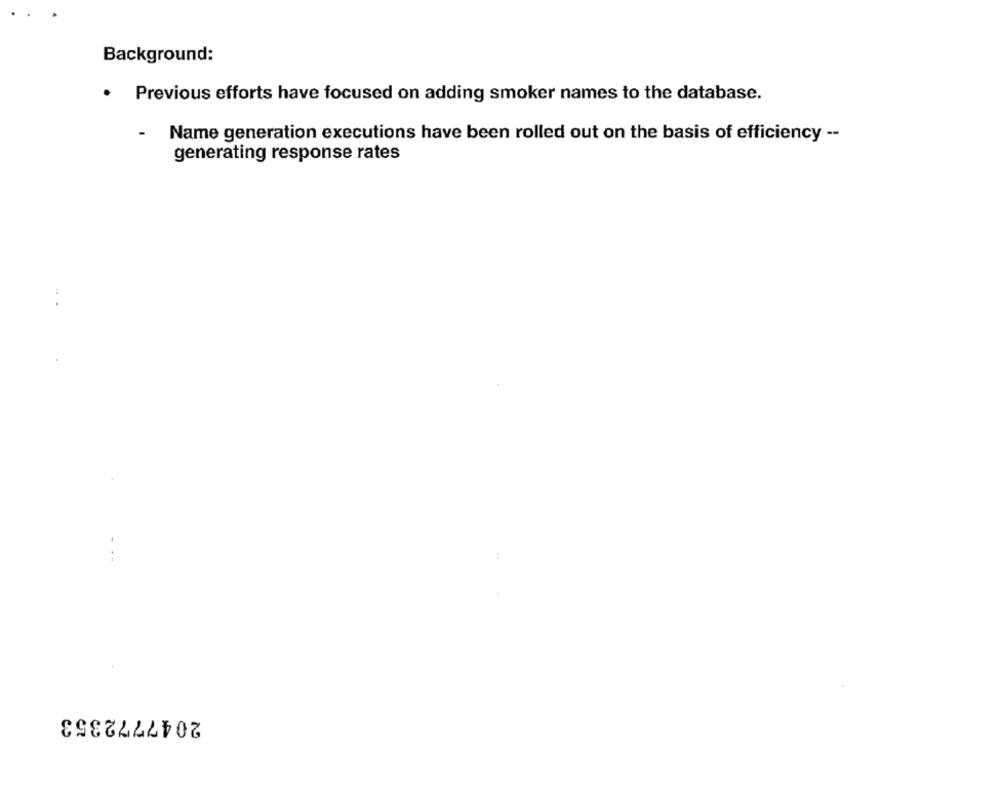
Background:
. Previous efforts have focused on adding smoker names to the database.
Name generation executions have been rolled out on the basis of efficiency --
generating response rates
2047772353